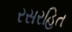
રસરહિત